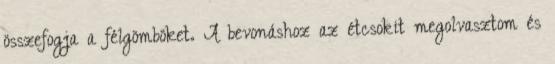
összefogja a félgömböket. A bevonáshoz az étcsokit megolvasztom és